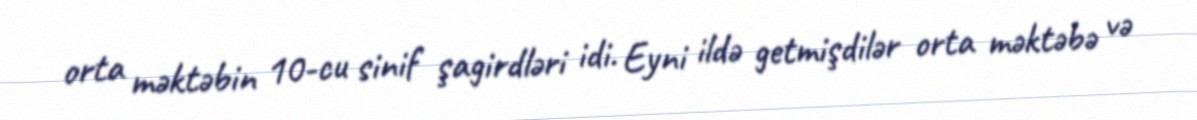
orta məktəbin 10-cu sinif şagirdləri idi. Eyni ildə getmişdilər orta məktəbə və